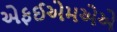
એફઈએમએએ